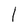
Character: 1